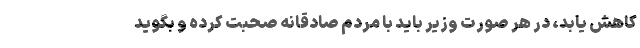
کاهش یابد، در هر صورت وزیر باید با مردم صادقانه صحبت کرده و بگوید